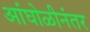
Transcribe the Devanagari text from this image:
आंघोळीनंतर